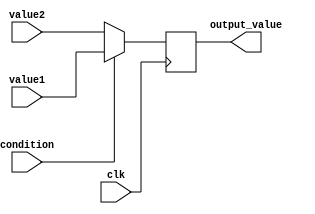
module ConditionalOperatorAssignment (
    input wire clk,          // Clock input
    input wire condition,    // Condition input (boolean)
    input wire [7:0] value1, // First value input (8-bit)
    input wire [7:0] value2, // Second value input (8-bit)
    output reg [7:0] output_value // Output value (8-bit)
);

// Always block triggered on the rising edge of the clock
always @(posedge clk) begin
    // Conditional assignment using the ternary operator
    output_value <= (condition) ? value1 : value2;
end

endmodule